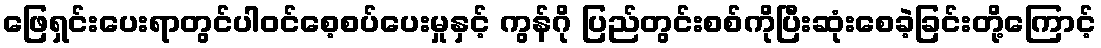
ဖြေရှင်းပေးရာတွင်ပါဝင်စေ့စပ်ပေးမှုနှင့် ကွန်ဂို ပြည်တွင်းစစ်ကိုပြီးဆုံးစေခဲ့ခြင်းတို့ကြောင့်